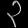
Digit: ၃